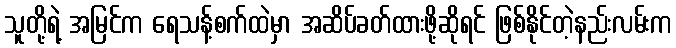
သူတို့ရဲ့ အမြင်က ရေသန့်စက်ထဲမှာ အဆိပ်ခတ်ထားဖို့ဆိုရင် ဖြစ်နိုင်တဲ့နည်းလမ်းက